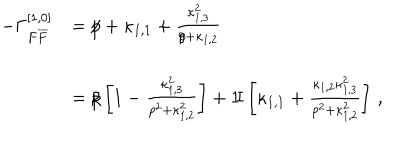
LaTeX: \begin{array} { r l } { { - \Gamma _ { F \overline { { { F } } } } ^ { [ 1 , 0 ] } } } & { { = { p \hspace { - 0 . 2 c m } / } + \kappa _ { 1 , 1 } + \frac { \kappa _ { 1 , 3 } ^ { 2 } } { { p \hspace { - 0 . 2 c m } / } + \kappa _ { 1 , 2 } } } } \\ { { \mathrm { } } } & { { = { p \hspace { - 0 . 2 c m } / } \left[ 1 - \frac { \kappa _ { 1 , 3 } ^ { 2 } } { p ^ { 2 } + \kappa _ { 1 , 2 } ^ { 2 } } \right] + \mathrm { { 1 \! I } } \left[ \kappa _ { 1 , 1 } + \frac { \kappa _ { 1 , 2 } \kappa _ { 1 , 3 } ^ { 2 } } { p ^ { 2 } + \kappa _ { 1 , 2 } ^ { 2 } } \right] \, , } } \\ \end{array}